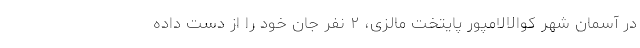
در آسمان شهر کوالالامپور پایتخت مالزی، ۲ نفر جان خود را از دست داده